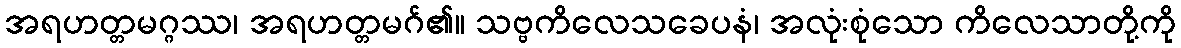
အရဟတ္တမဂ္ဂဿ၊ အရဟတ္တမဂ်၏။ သဗ္ဗကိလေသခေပနံ၊ အလုံးစုံသော ကိလေသာတို့ကို